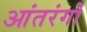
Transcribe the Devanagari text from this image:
आंतरंगों